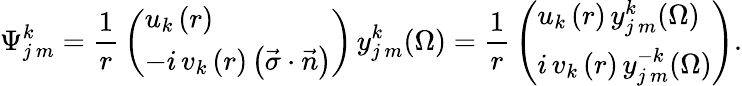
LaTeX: \Psi_{j\, m}^{k}={\frac{1}{r}}\left({\begin{array}{l}{{{u_{k}\left(r\right)}}}\\ {{{-i\, v_{k}\left(r\right)\left({\vec{\sigma}\cdot\vec{n}}\right)}}}\end{array}}\right)\, y_{j\, m}^{k}(\Omega)={\frac{1}{r}}\left({\begin{array}{l}{{{u_{k}\left(r\right)\, y_{j\, m}^{k}(\Omega)}}}\\ {{{i\, v_{k}\left(r\right)\, y_{j\, m}^{-k}(\Omega)}}}\end{array}}\right).